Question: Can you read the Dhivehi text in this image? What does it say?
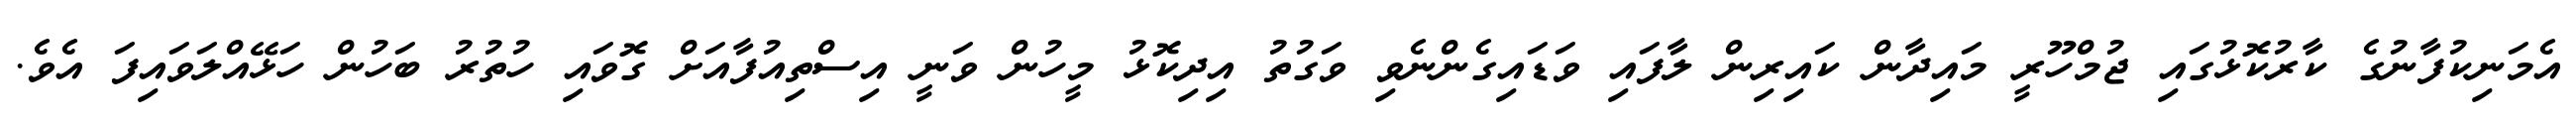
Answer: އެމަނިކުފާނުގެ ކާރުކޮޅުގައި ޖުމްހޫރީ މައިދާން ކައިރިން ލާފައި ވަޑައިގެންނެވި ވަގުތު އިދިކޮޅު މީހުން ވަނީ އިސްތިއުފާއަށް ގޮވައި ހުތުރު ބަހުން ހަޅޭއްލަވައިފަ އެވެ.